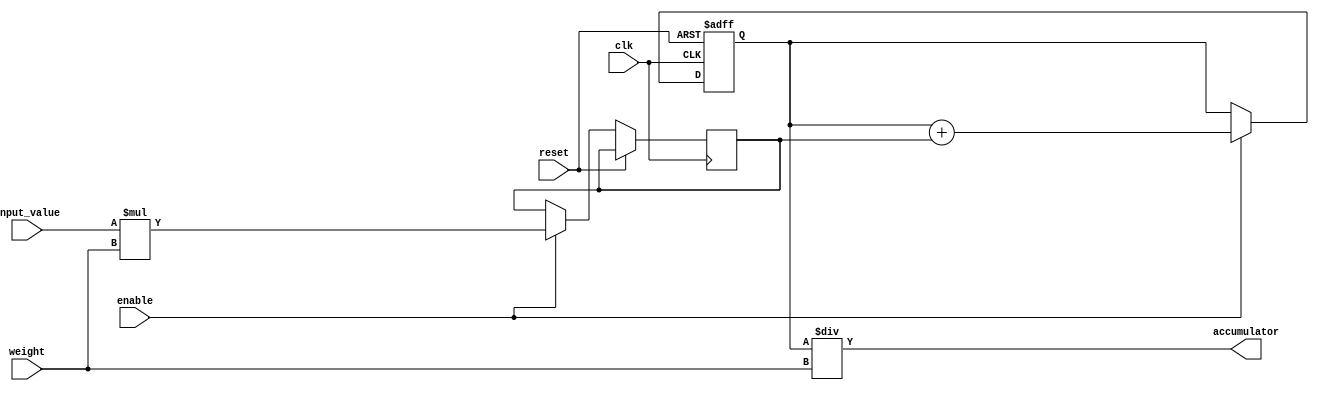
module weighted_mov_avg_accumulator (
    input wire clk,      // Clock signal
    input wire reset,    // Reset signal
    input wire enable,   // Enable signal
    input wire [7:0] input_value,   // Input value
    input wire [7:0] weight,        // Weight value
    output reg [15:0] accumulator   // Accumulated sum
);

reg [7:0] weighted_value;
reg [15:0] sum;

always @(posedge clk or posedge reset) begin
    if (reset) begin
        sum <= 0;
    end else if (enable) begin
        weighted_value <= input_value * weight;
        sum <= sum + weighted_value;
    end
end

assign accumulator = sum / weight;

endmodule